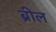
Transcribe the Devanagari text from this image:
ब्रील